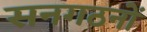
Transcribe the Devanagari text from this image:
सनगठनों